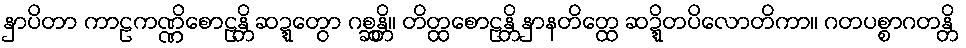
နှာပိတာ ကာဠကဏ္ဏိစောဠန္တိ ဆဍ္ဍေတွာ ဂစ္ဆန္တိ။ တိတ္ထစောဠန္တိ နှာနတိတ္ထေ ဆဍ္ဍိတပိလောတိကာ။ ဂတပစ္စာဂတန္တိ